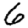
Digit: 6